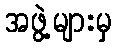
အဖွဲ့များမှ